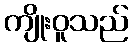
ကျိုးဝူသည်